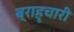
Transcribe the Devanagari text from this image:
ब्राहृचारी